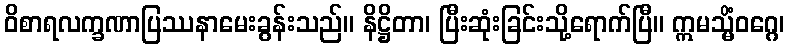
ဝိစာရလက္ခဏာပြဿနာမေးခွန်းသည်။ နိဋ္ဌိတာ၊ ပြီးဆုံးခြင်းသို့ရောက်ပြီ။ ဣမသ္မိံဝဂ္ဂေ၊